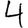
Digit: 4